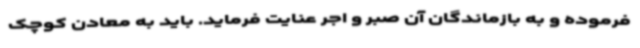
فرموده و به بازماندگان آن صبر و اجر عنایت فرماید. باید به معادن کوچک